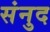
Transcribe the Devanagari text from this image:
संनुद